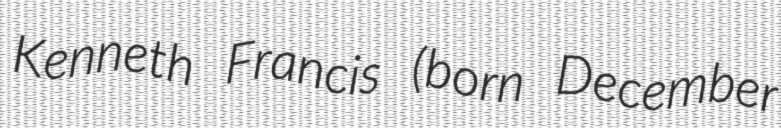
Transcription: Kenneth Francis (born December